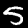
Label: 5